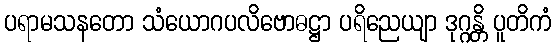
ပရာမသနတော သံယောဂပလိဗောဓဋ္ဌာ ပရိညေယျာ ဒုဂ္ဂန္တိ ပူတိကံ